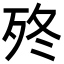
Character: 𣧩